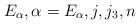
LaTeX: \begin{align*}E_\alpha,\alpha=E_\alpha, j, j_3, n\end{align*}